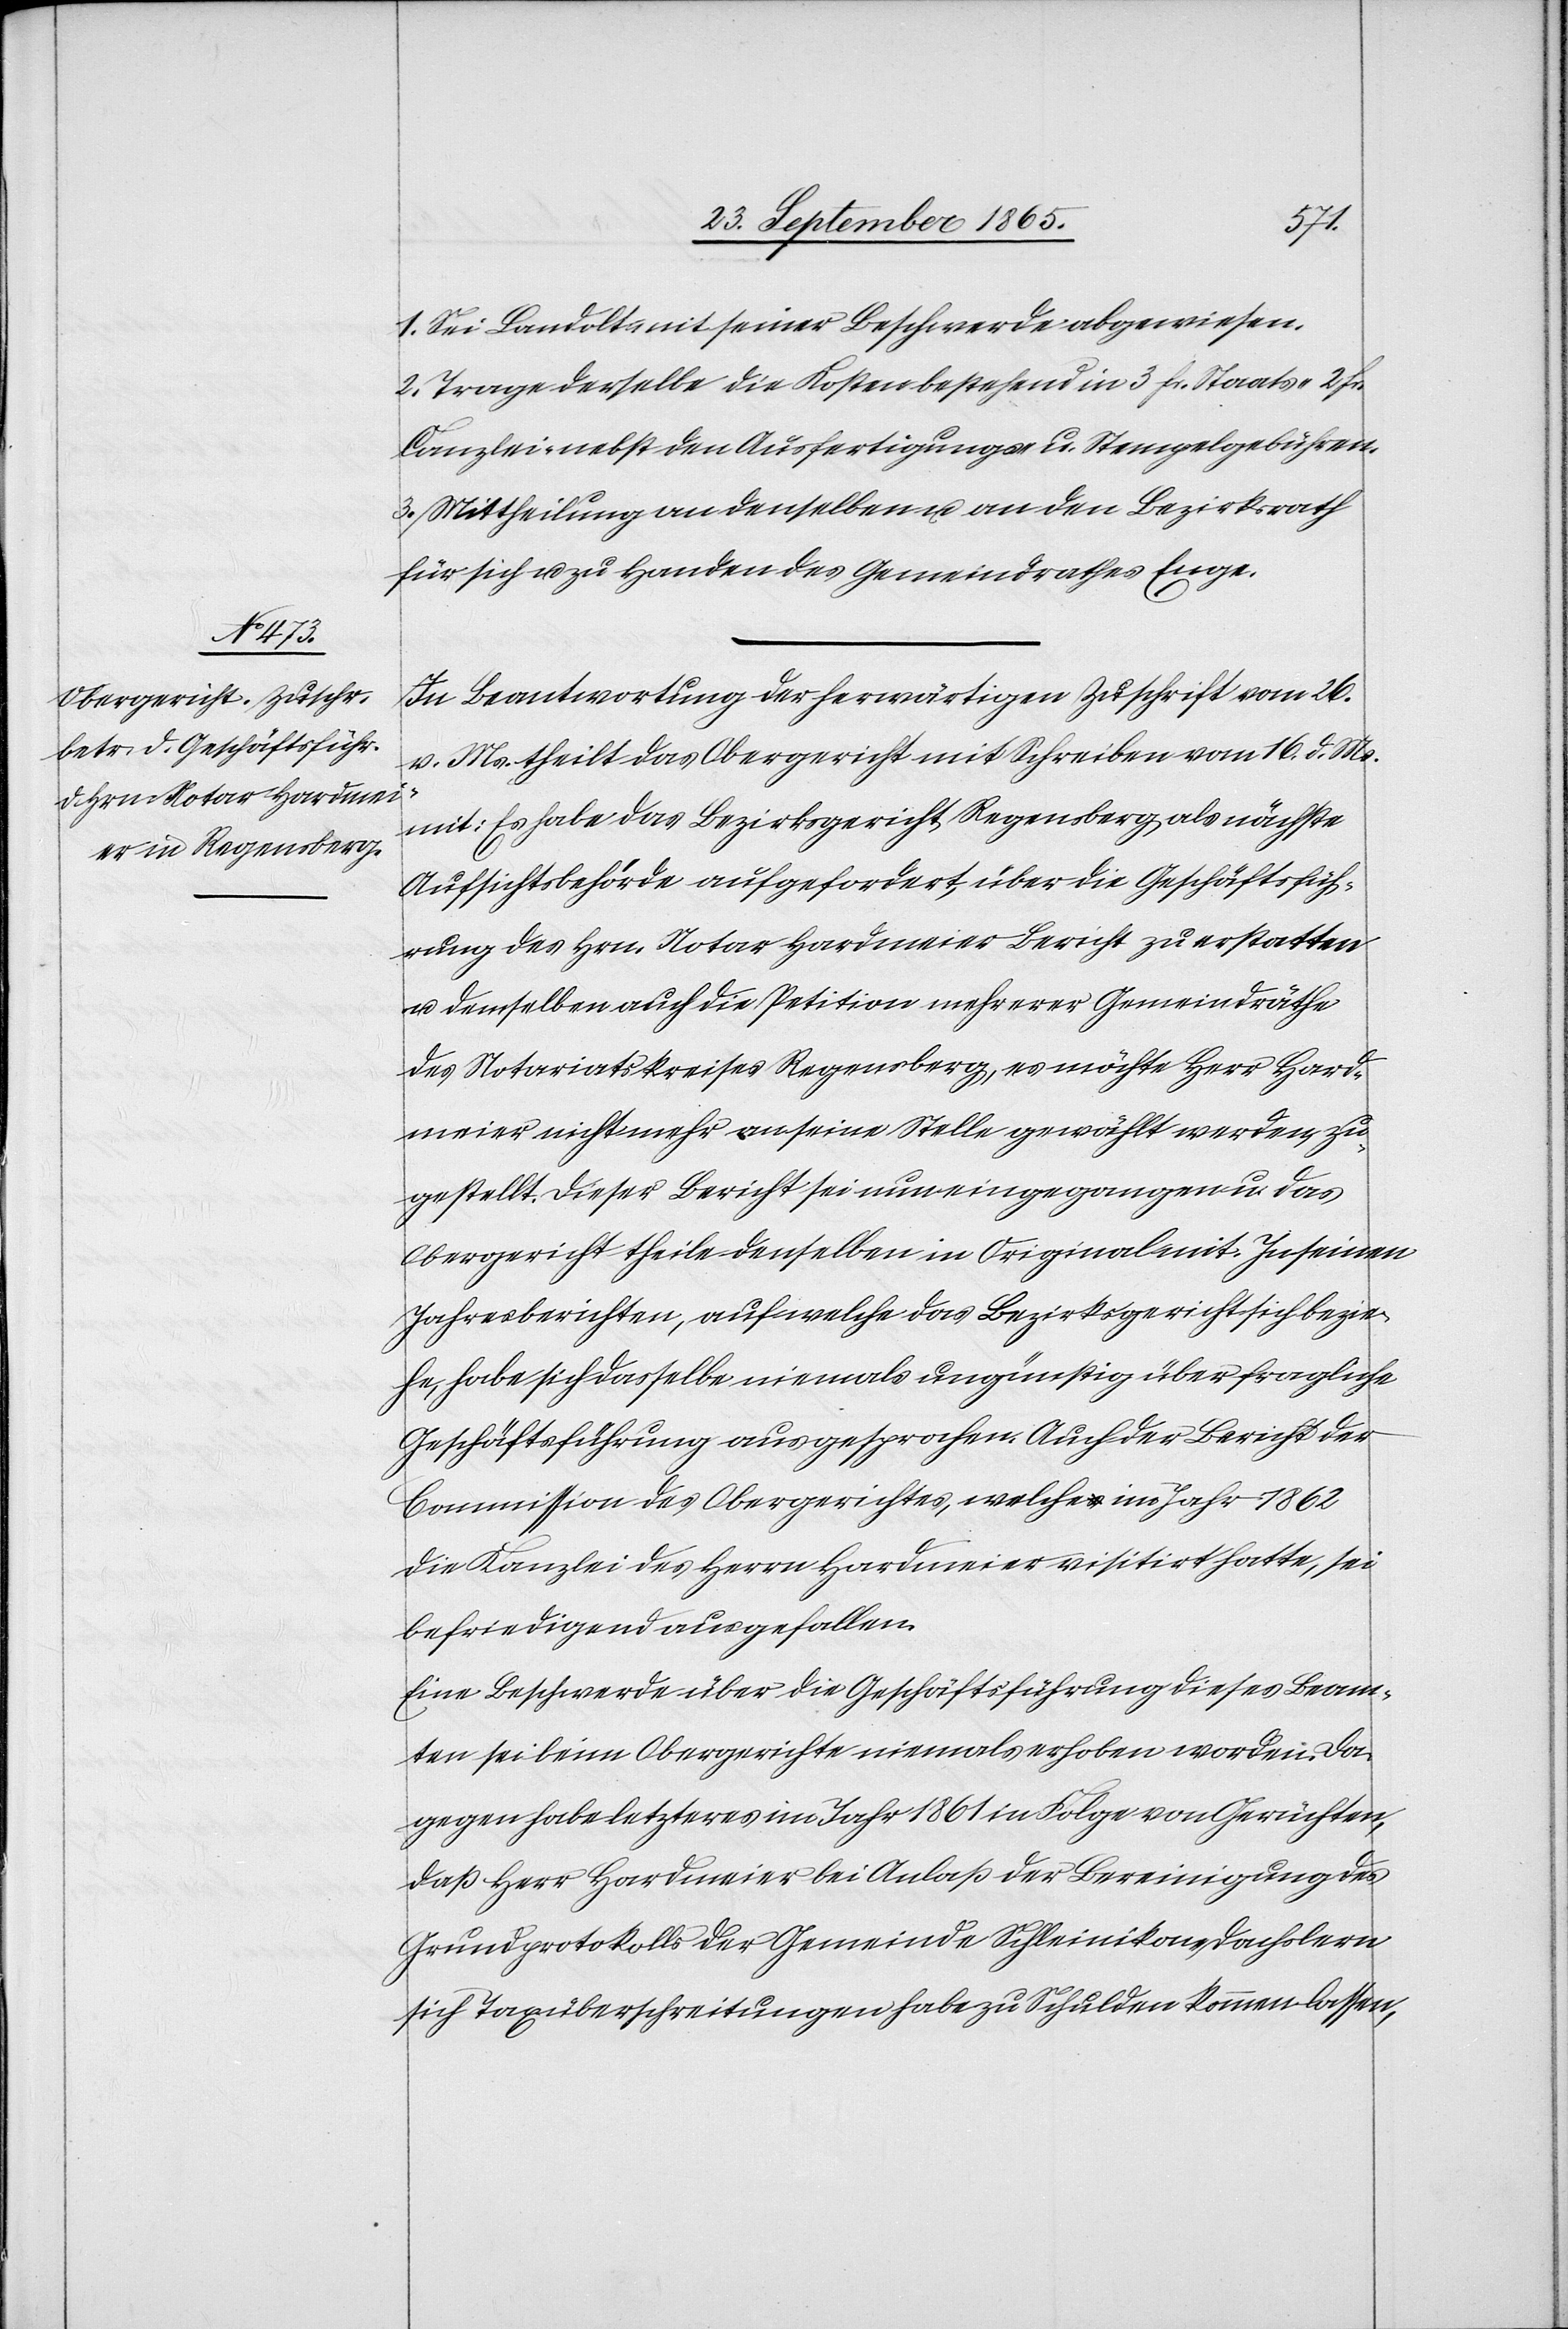
1. Sei Landolt mit seiner Beschwerde abgewiesen.
2. Trage derselbe die Kosten bestehend in 3 fr. Staats-[,] 2 fr.
Canzlei- nebst den Ausfertigungs- u. Stempelgebühren.
3. Mittheilung an denselben u. an den Bezirksrath
für sich u. zu Handen des Gemeindrathes Enge.
In Beantwortung der herwärtigen Zuschrift vom 26.
v. Ms. theilt das Obergericht mit Schreiben vom 16. d. Ms.
mit: Es habe das Bezirksgericht Regensberg als nächste
Aufsichtsbehörde aufgefordert, über die Geschäftsfüh¬
rung des Hrn. Notar Hardmeier Bericht zu erstatten
u. demselben auch die Petition mehrerer Gemeindräthe
des Notariatskreises Regensberg, es möchte Herr Hard¬
meier nicht mehr an seine Stelle gewählt werden, zu¬
gestellt. Dieser Bericht sei nun eingegangen u. das
Obergericht theile denselben in Original mit. In seinen
Jahresberichten, auf welche das Bezirksgericht sich bezie¬
he, habe sich dasselbe niemals ungünstig über fragliche
Geschäftsführung ausgesprochen. Auch der Bericht der
Commission des Obergerichtes, welchea-s-a im Jahr 1862
die Kanzlei des Herrn Hardmeier visitirt hatte, sei
befriedigend ausgefallen.
Eine Beschwerde über die Geschäftsführung dieses Beam¬
ten sei beim Obergerichte niemals erhoben worden. Da¬
gegen habe letzteres im Jahr 1861 in Folge von Gerüchten,
daß Herr Hardmeier bei Anlaß der Bereinigung des
Grundprotokolls der Gemeinde Schleinikon-Dachslern
sich Taxüberschreitungen habe zu Schulden kommen lassen,